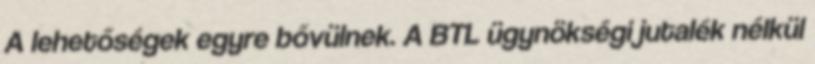
A lehetőségek egyre bővülnek. A BTL ügynökségi jutalék nélkül